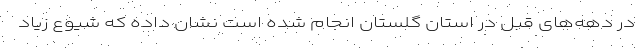
در دهه‌های قبل در استان گلستان انجام شده است نشان داده که شیوع زیاد